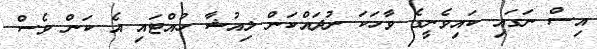
އިސް ނަގައި ކައިވެނީގެ ވާހަކަ ނުދައްކަން ލިއުޝާ ހުއްޓައި އެ ކަން ވެސް